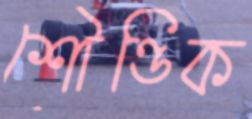
শৌণ্ডিক